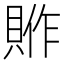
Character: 𮚈